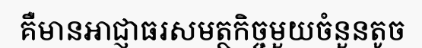
គឺមានអាជ្ញាធរសមត្ថកិច្ចមួយចំនួនតូច